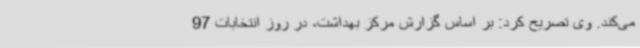
می‌کند. وی تصریح کرد: بر اساس گزارش مرکز بهداشت، در روز انتخابات 97